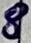
Text: 8